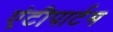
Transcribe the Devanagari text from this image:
एंटीपार्टम